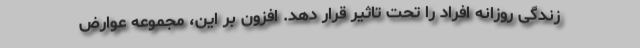
زندگی روزانه افراد را تحت تاثیر قرار دهد. افزون بر این، مجموعه عوارض